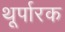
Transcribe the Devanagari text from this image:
थूर्पारक